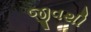
જીવથી